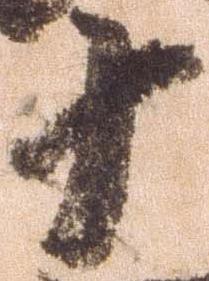
十